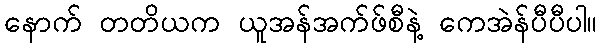
နောက် တတိယက ယူအန်အက်ဖ်စီနဲ့ ကေအဲန်ပီပီပါ။